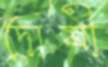
দোষী